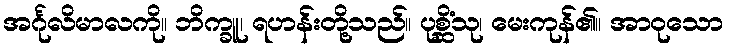
အင်္ဂုလိမာလကို။ ဘိက္ခူ၊ ရဟန်းတို့သည်။ ပုစ္ဆိံသု၊ မေးကုန်၏။ အာဝုသော